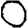
Digit: 0